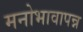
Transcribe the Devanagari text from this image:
मनोभावापन्न